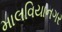
માલવિયાનગર